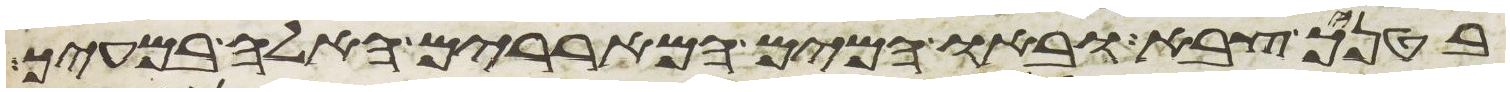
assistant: בטניך צבא ובאו המים המאררים האלה במעיך